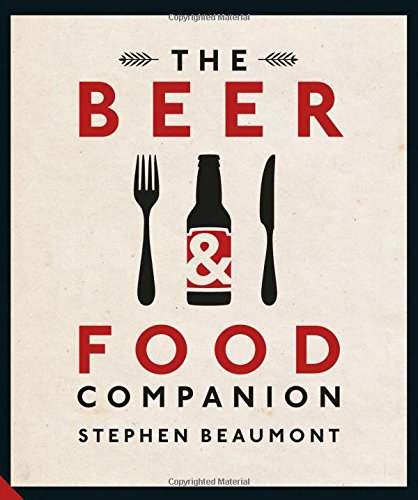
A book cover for The Beer & Food Companion; Stephen Beaumont; Cookbooks, Food & Wine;